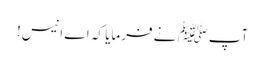
آپﷺ نے فرمایا کہ اے انیس!